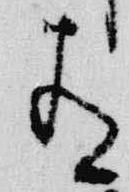
有